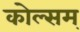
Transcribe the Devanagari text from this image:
कोल्सम्‌